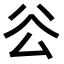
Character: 𠫥